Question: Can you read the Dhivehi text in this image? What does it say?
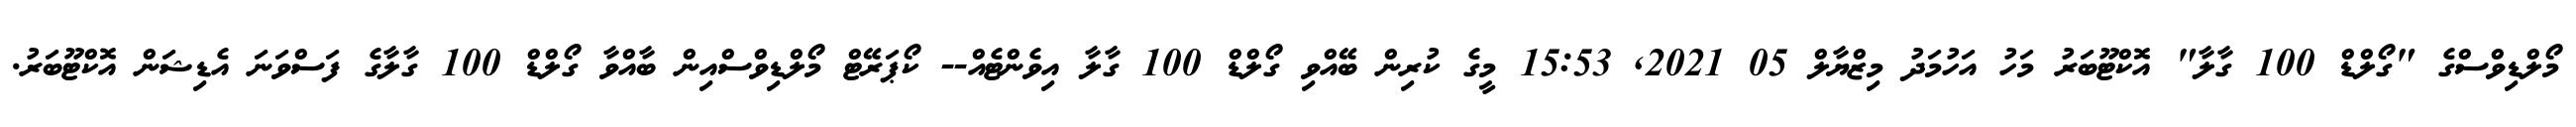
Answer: މޯލްޑިވްސްގެ "ގޯލްޑް 100 ގާލާ" އޮކްޓޫބަރު މަހު އަހުމަދު މިޒްޔާލް 05 2021, 15:53 މީގެ ކުރިން ބޭއްވި ގޯލްޑް 100 ގާލާ އިވެންޓެއް-- ކޯޕަރޭޓް މޯލްޑިވްސްއިން ބާއްވާ ގޯލްޑް 100 ގާލާގެ ފަސްވަނަ އެޑިޝަން އޮކްޓޫބަރު.